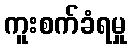
ကူးစက်ခံရမှု